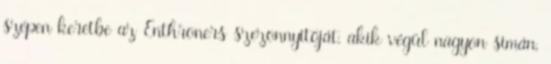
szépen keretbe az Enthroners szezonnyitóját, akik végül nagyon simán,